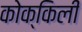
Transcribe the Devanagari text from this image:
कोक्किली